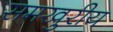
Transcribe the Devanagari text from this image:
समखुरीय